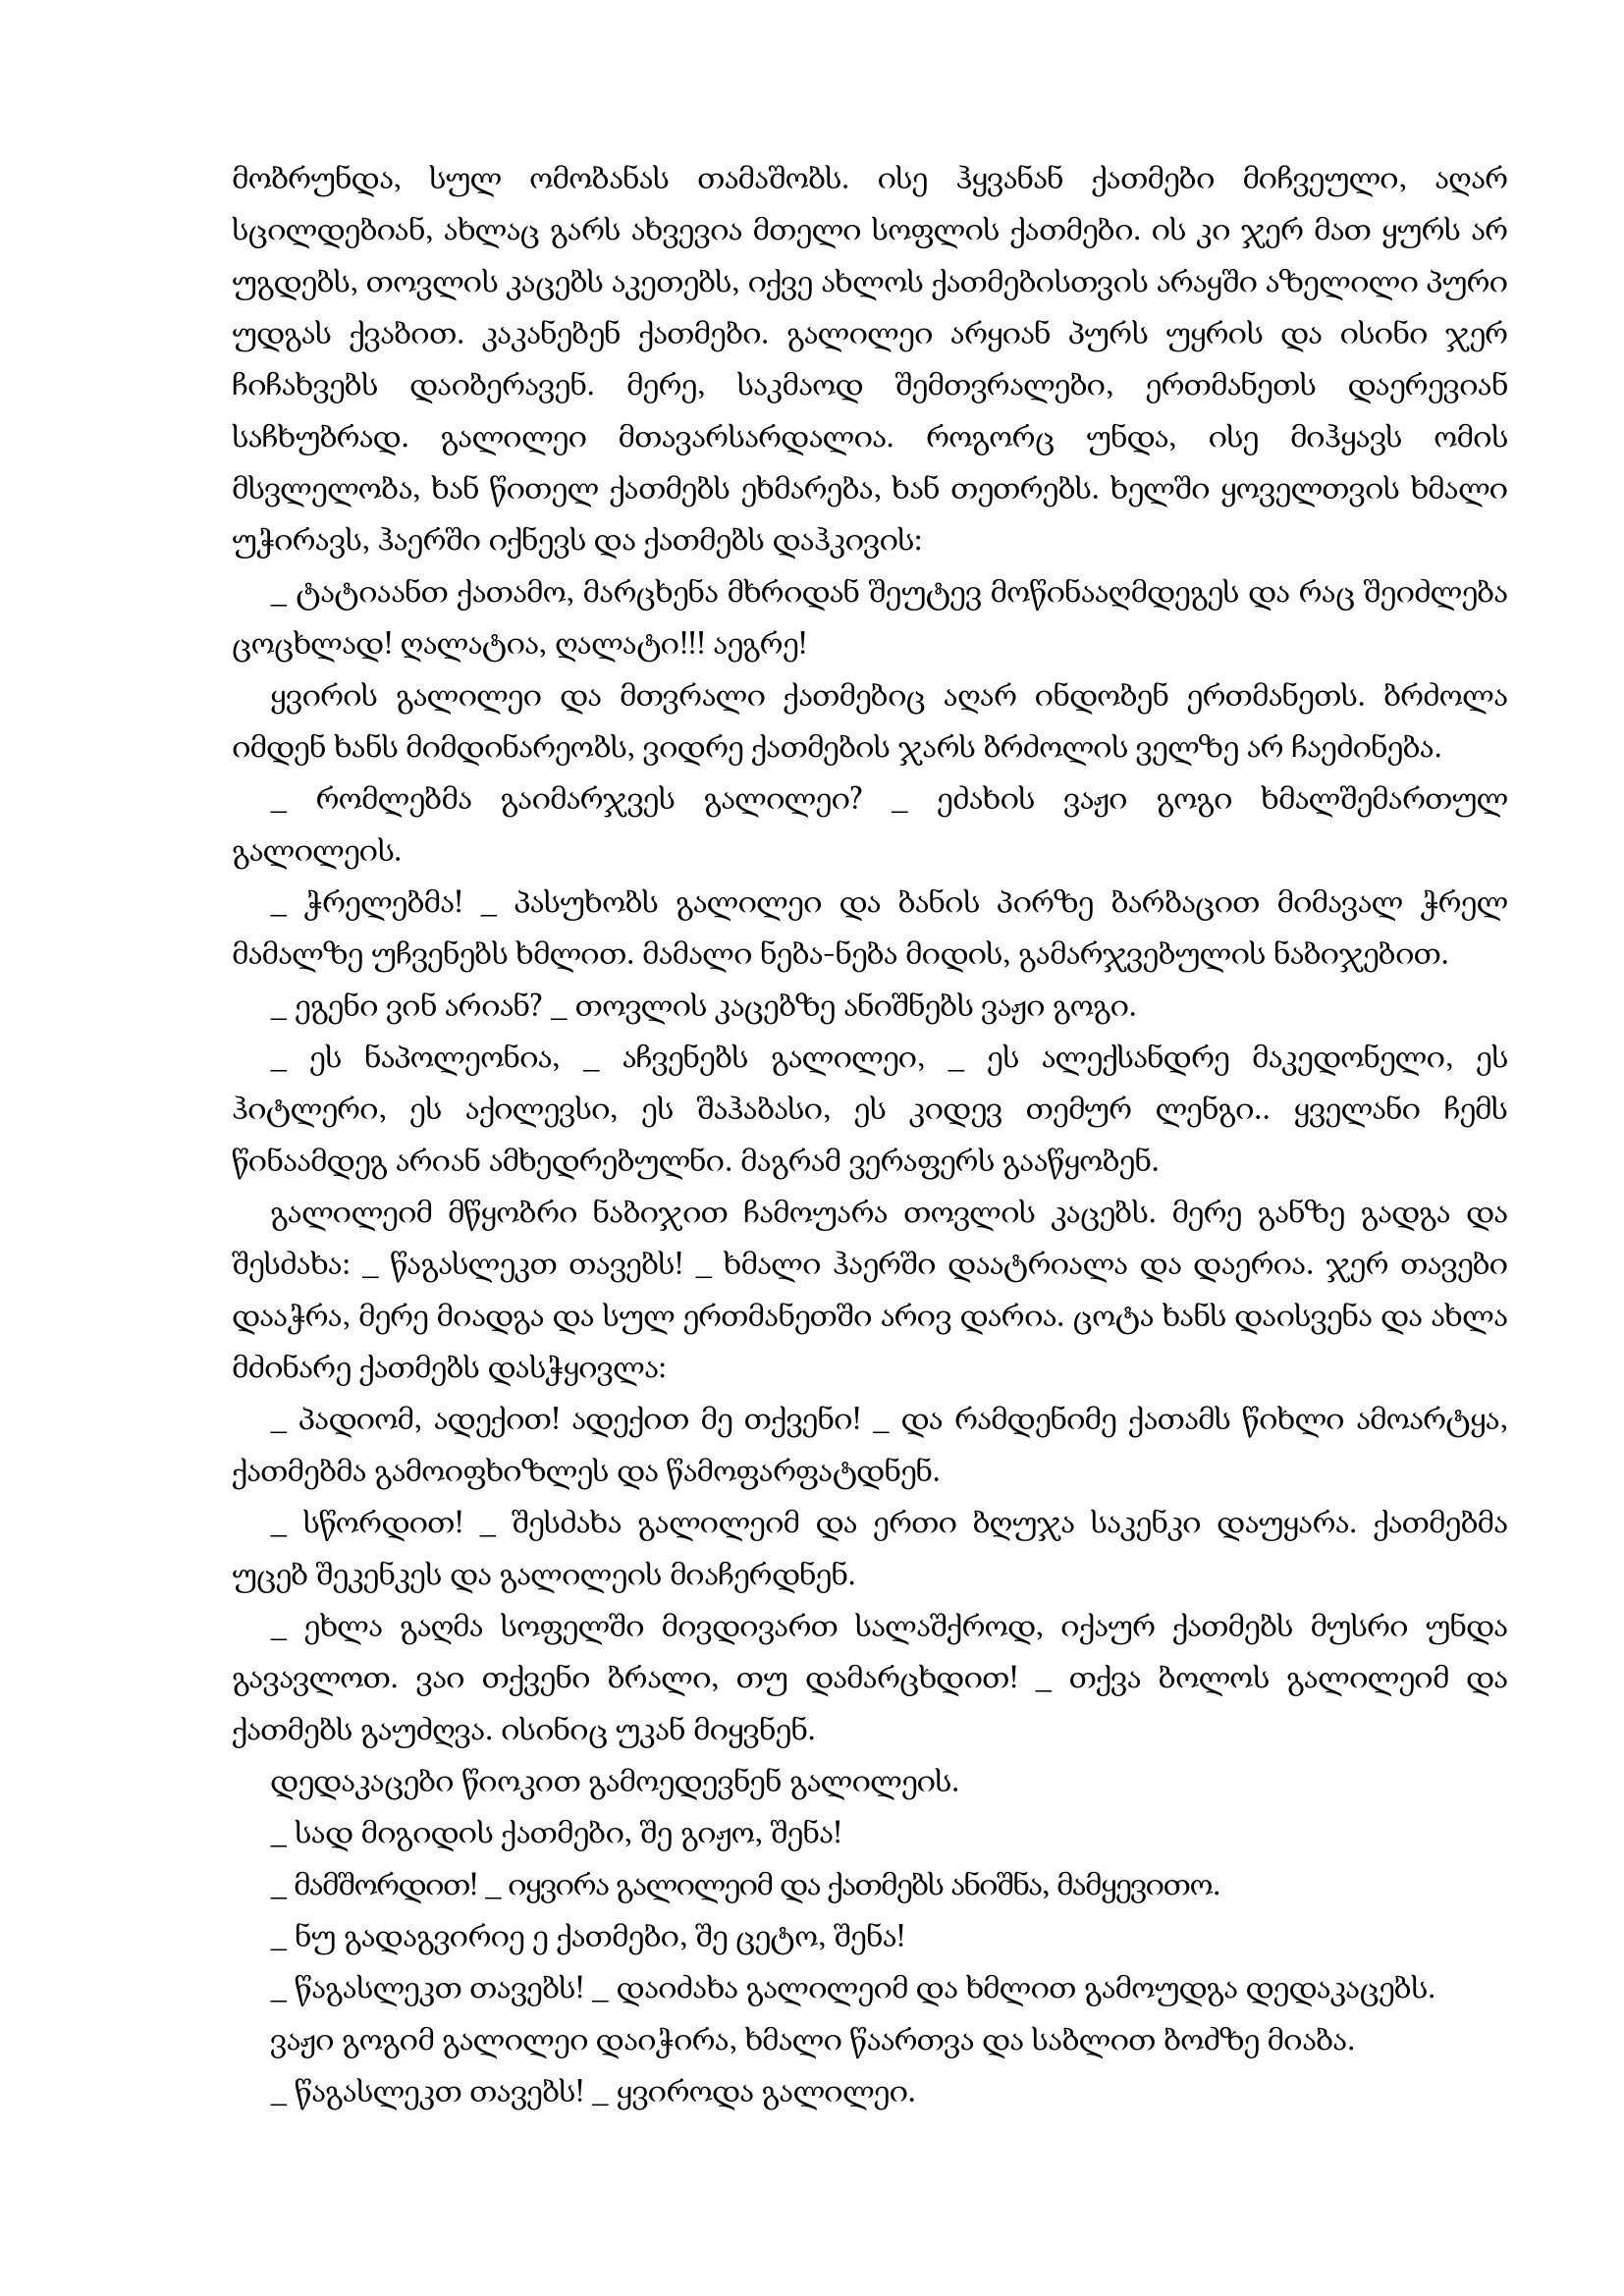
Language: gr